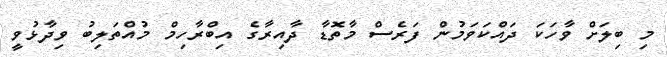
މި ބިލަށް ވާހަކަ ދައްކަވަމުން ފަރެސް މާތޮޑާ ދާއިރާގެ އިބްރާހިމް މުއްތަލިބު ވިދާޅުވީ